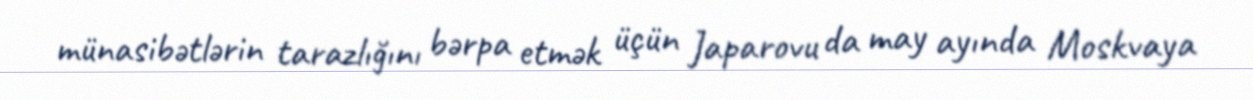
münasibətlərin tarazlığını bərpa etmək üçün Japarovu da may ayında Moskvaya